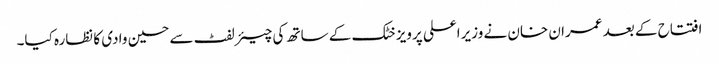
افتتاح کے بعد عمران خان نے وزیراعلی پرویز خٹک کے ساتھ کی چیئرلفٹ سے حسین وادی کا نظارہ کیا۔